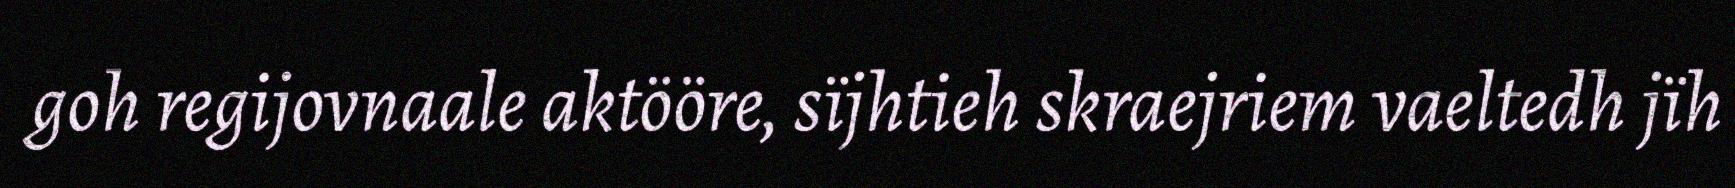
goh regijovnaale aktööre, sïjhtieh skraejriem vaeltedh jïh